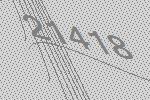
21418